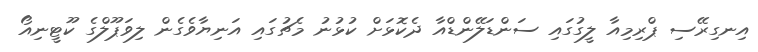
އިނގިރޭސި ޕްރިމިއާ ލީގުގައި ސަންޑަލޭންޑްއާ ދެކޮޅަށް ކުޅުނު މެޗުގައި އަނިޔާވެގެން ލިވަޕޫލްގެ ކޫޓީނިއޯ